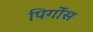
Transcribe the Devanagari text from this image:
पिर्गोस